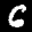
Label: 6